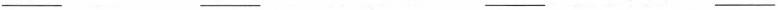
___ ___ ___ ___